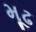
મૂઢ